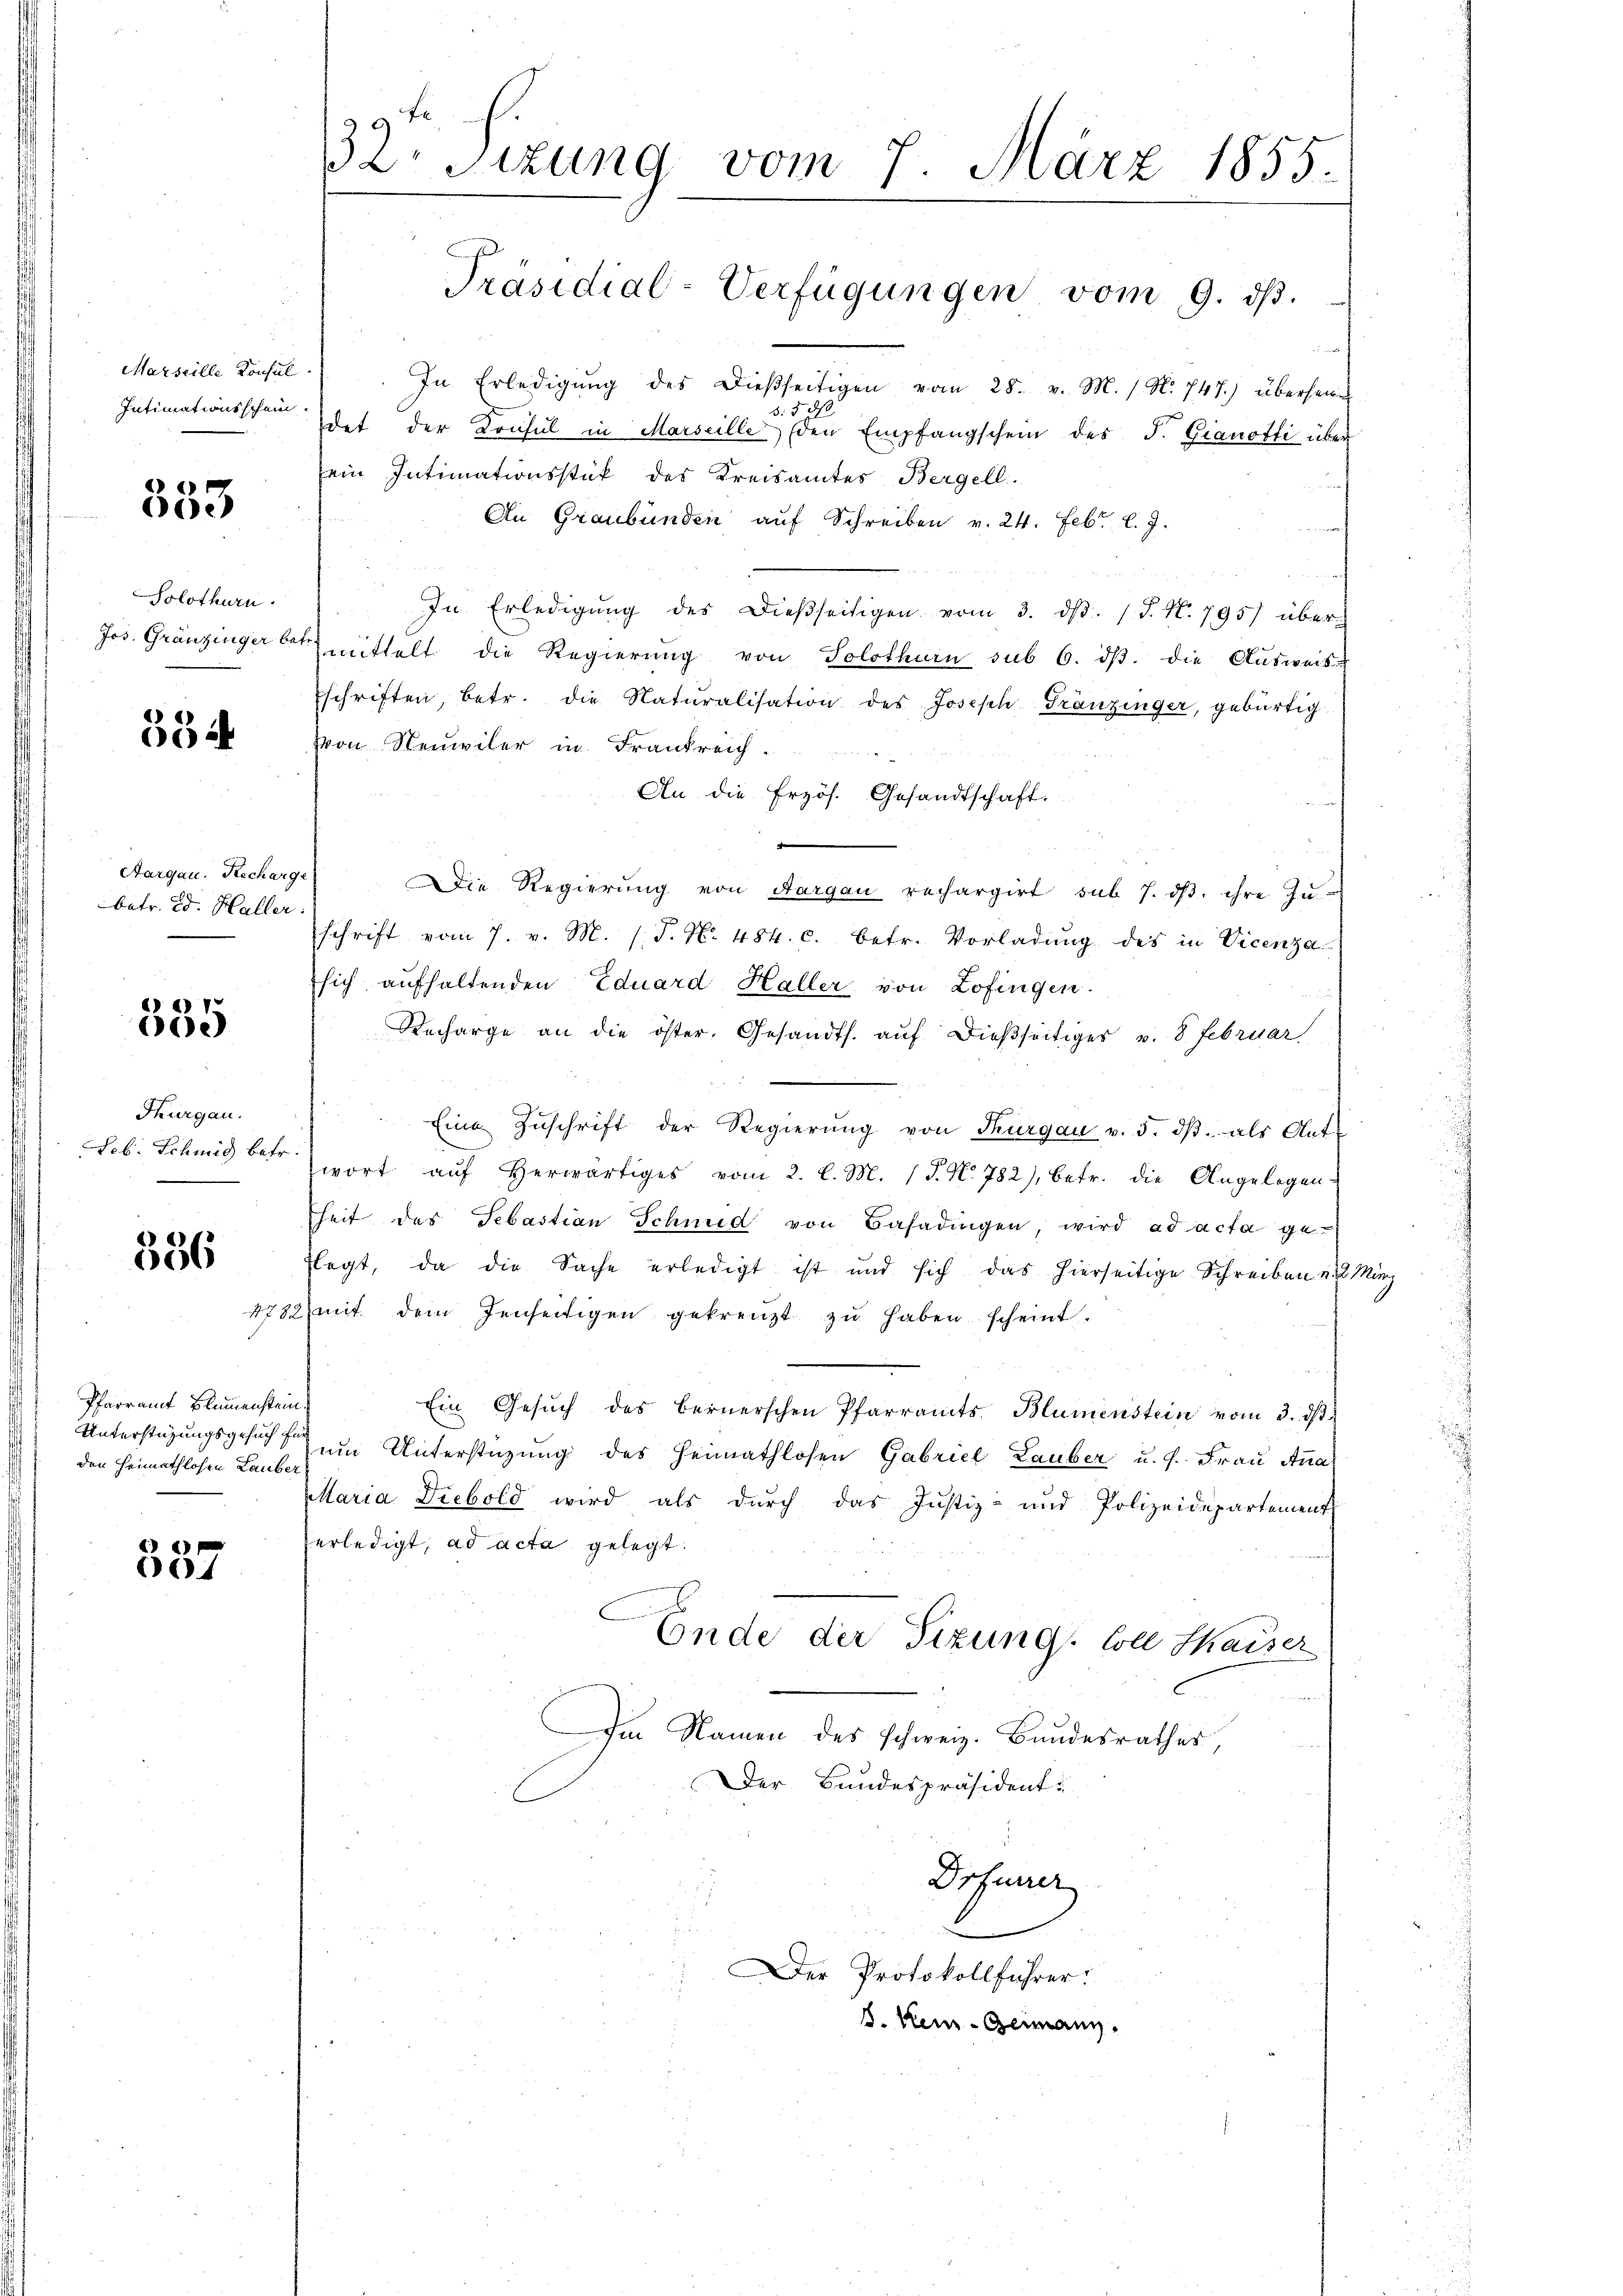
Marseille Konsul
Intimationsschein.

333

Solothurn.
Jos. Gränzinger betr.

534

Aargau. Recharge
betr. Ed. Haller.

)

Thurgau.
Seb. Schmid betr.

336

4782
Pfarramt Blumenstein
Unterstüzungsgesuch fr
den Heimathlosen Lauber

)
4

32. Sizung vom 7. März 1855.

In Erledigŭng des dießseitigen vom 28. v. M. / N. 747.) überseite
3.5 ds
det der Krusel in Marseille (den Empfangschein des J. Gianotti über
ein Intimationsstük des Kreisamtes Bergell.
An Graubünden auf Schreiben v. 24. Febr. l. J.
In Erledigŭng des dießseitigen vom 3. ds. (T. N. 795) über
zmittelt die Regierŭng von Solothurn sub 6. dβ. die Aŭsweisu
schriften, betr. die Naturalisation des Joseph-Tränzinger, gebürtig
von Neuwiler in Frankreich
An die Erzös. Gesandtschaft.
Die Regierung von Aargau rechargirt sub 7. dβ. ihre zu-
schrift vom 7. v. M. h. T. N. 484. c. betr. Vorladung des in Vicenza
sich aufhaltenden Eduard Haller von Zofingen.
Recharge an die öster. Gesandts. auf dießseitiges v. 8. Februar
Eine Zŭschrift der Regierŭng von Thurgau v. 5. dβ als Antwort aŭf erwärtiges vom 2. l. M. (T. N. 782), betr. die Angelegen-
heit des Sebastian Schmid von Basadingen, wird ad acta ge-
legt, da die Sache erledigt ist und sich das hierseitige Schreiben und Minz
mit dem Jenseitigen gekreuzt zŭ haben scheint.
Ein Gesŭch des Bernerschen Pfarramts- Blumenstein vom 3. dβ.
um Unterstüzung des Heimathlosen Gabriel Lauber u. s. Frau Ana
Mlaria Diebold wird als durch das Justiz- und Polizeidepartements
erledigt, ad acta gelegt.
Ende der Sizung: Coll thaiser
Im Namen des schweiz. Bundesrathes,
Der Bundespräsident.
Drfurrer
Der Protokollführer:
s. Kein Germann.

Präsidial-Verfügungen vom 9. dβ.